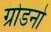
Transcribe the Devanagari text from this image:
ग्रोडनो